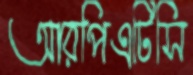
আরপিএটিসি